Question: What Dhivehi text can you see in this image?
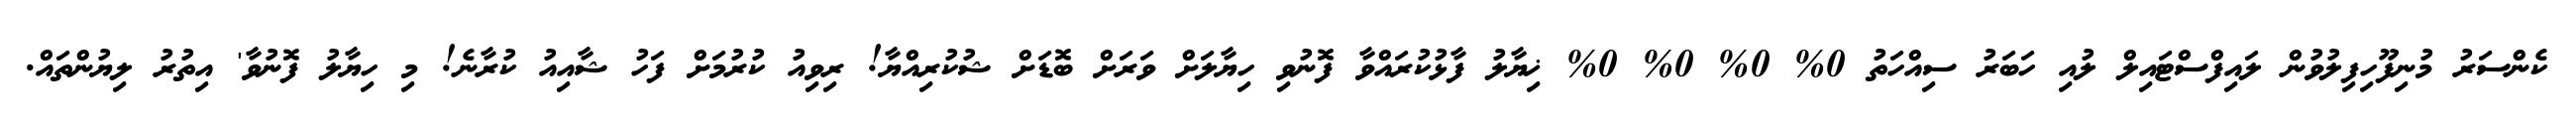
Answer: ކެންސަރު މުނިފޫހިފިލުވުން ލައިފްސްޓައިލް ލުއި ހަބަރު ސިއްހަތު 0% 0% 0% 0% ޚިޔާލު ފާޅުކުރައްވާ ފޮނުވި ހިޔާލަށް ވަރަށް ބޮޑަށް ޝުކުރިއްޔާ! ރިވިއު ކުރުމަށް ފަހު ޝާއިއު ކުރާނެ! މި ހިޔާލު ފޮނުވާ' އިތުރު ލިޔުންތައް.